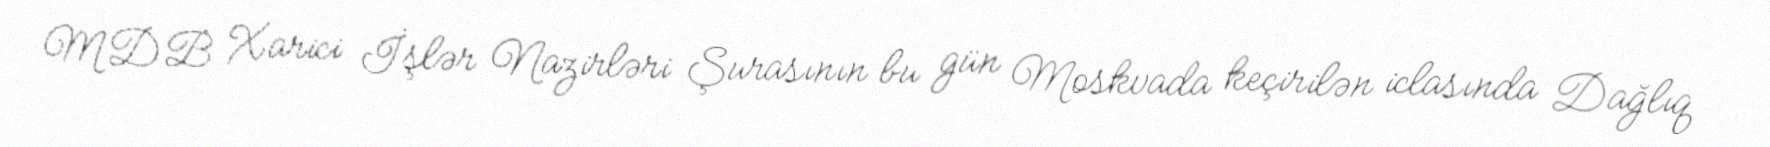
MDB Xarici İşlər Nazirləri Şurasının bu gün Moskvada keçirilən iclasında Dağlıq